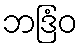
ဘဒြံဝ